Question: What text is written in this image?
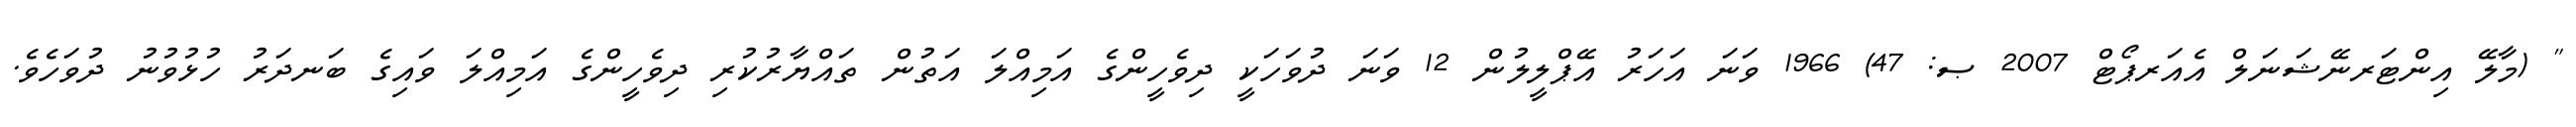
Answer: " (މާލޭ އިންޓަރނޭޝަނަލް އެއަރޕޯޓް 2007 ޞ: 47) 1966 ވަނަ އަހަރު އޭޕްލީލުން 12 ވަނަ ދުވަހަކީ ދިވެހީންގެ އަމިއްލަ އަތުން ތައްޔާރުކުރި ދިވެހީންގެ އަމިއްލަ ވައިގެ ބަނދަރު ހުޅުވުނު ދުވަހެވެ.